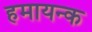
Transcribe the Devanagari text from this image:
हमायन्क